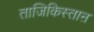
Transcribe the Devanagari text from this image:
ताजिकिस्ताऩ